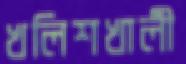
খলিশখালী